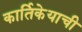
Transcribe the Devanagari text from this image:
कार्तिकेयाची